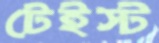
টেইস্ট